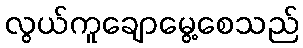
လွယ်ကူချောမွေ့စေသည်